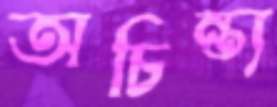
অচিন্ত্য